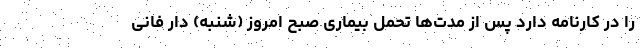
را در کارنامه دارد پس از مدت‌ها تحمل بیماری صبح امروز (شنبه) دار فانی